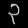
Digit: ၃